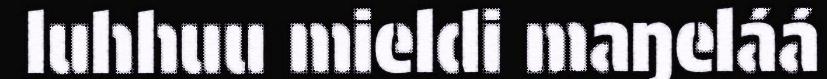
luhhuu mieldi maŋeláá